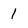
Character: 1